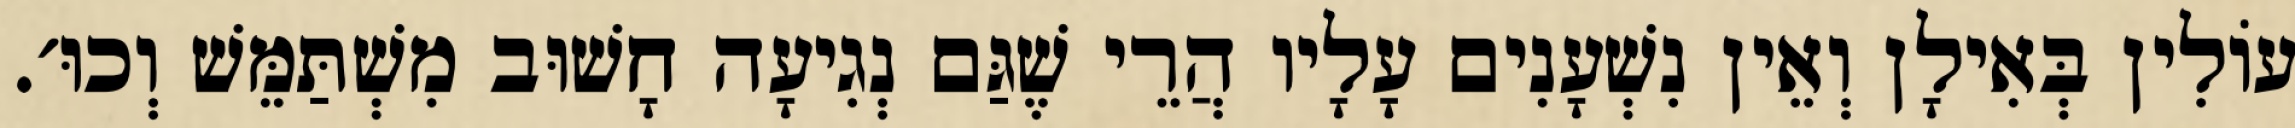
עוֹלִין בְּאִילָן וְאֵין נִשְׁעָנִים עָלָיו הֲרֵי שֶׁגַּם נְגִיעָה חָשׁוּב מִשְׁתַּמֵּשׁ וְכוּ׳.